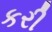
કરી